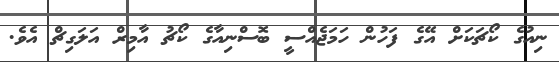
ނިއުގެ ކޯޗަކަށް އޭގެ ފަހުން ހަމަޖެއްސީ ބޮސްނިއާގެ ކޯޗު އާމިރް އަލަގިޗް އެވެ.